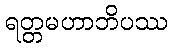
ရတ္တမဟာဘိပဿ